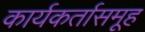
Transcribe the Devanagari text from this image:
कार्यकर्तासमूह